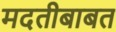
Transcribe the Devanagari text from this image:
मदतीबाबत